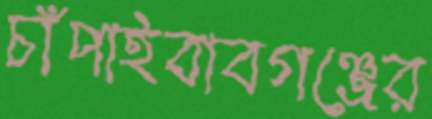
চাঁপাইবাবগঞ্জের